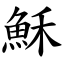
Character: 穌